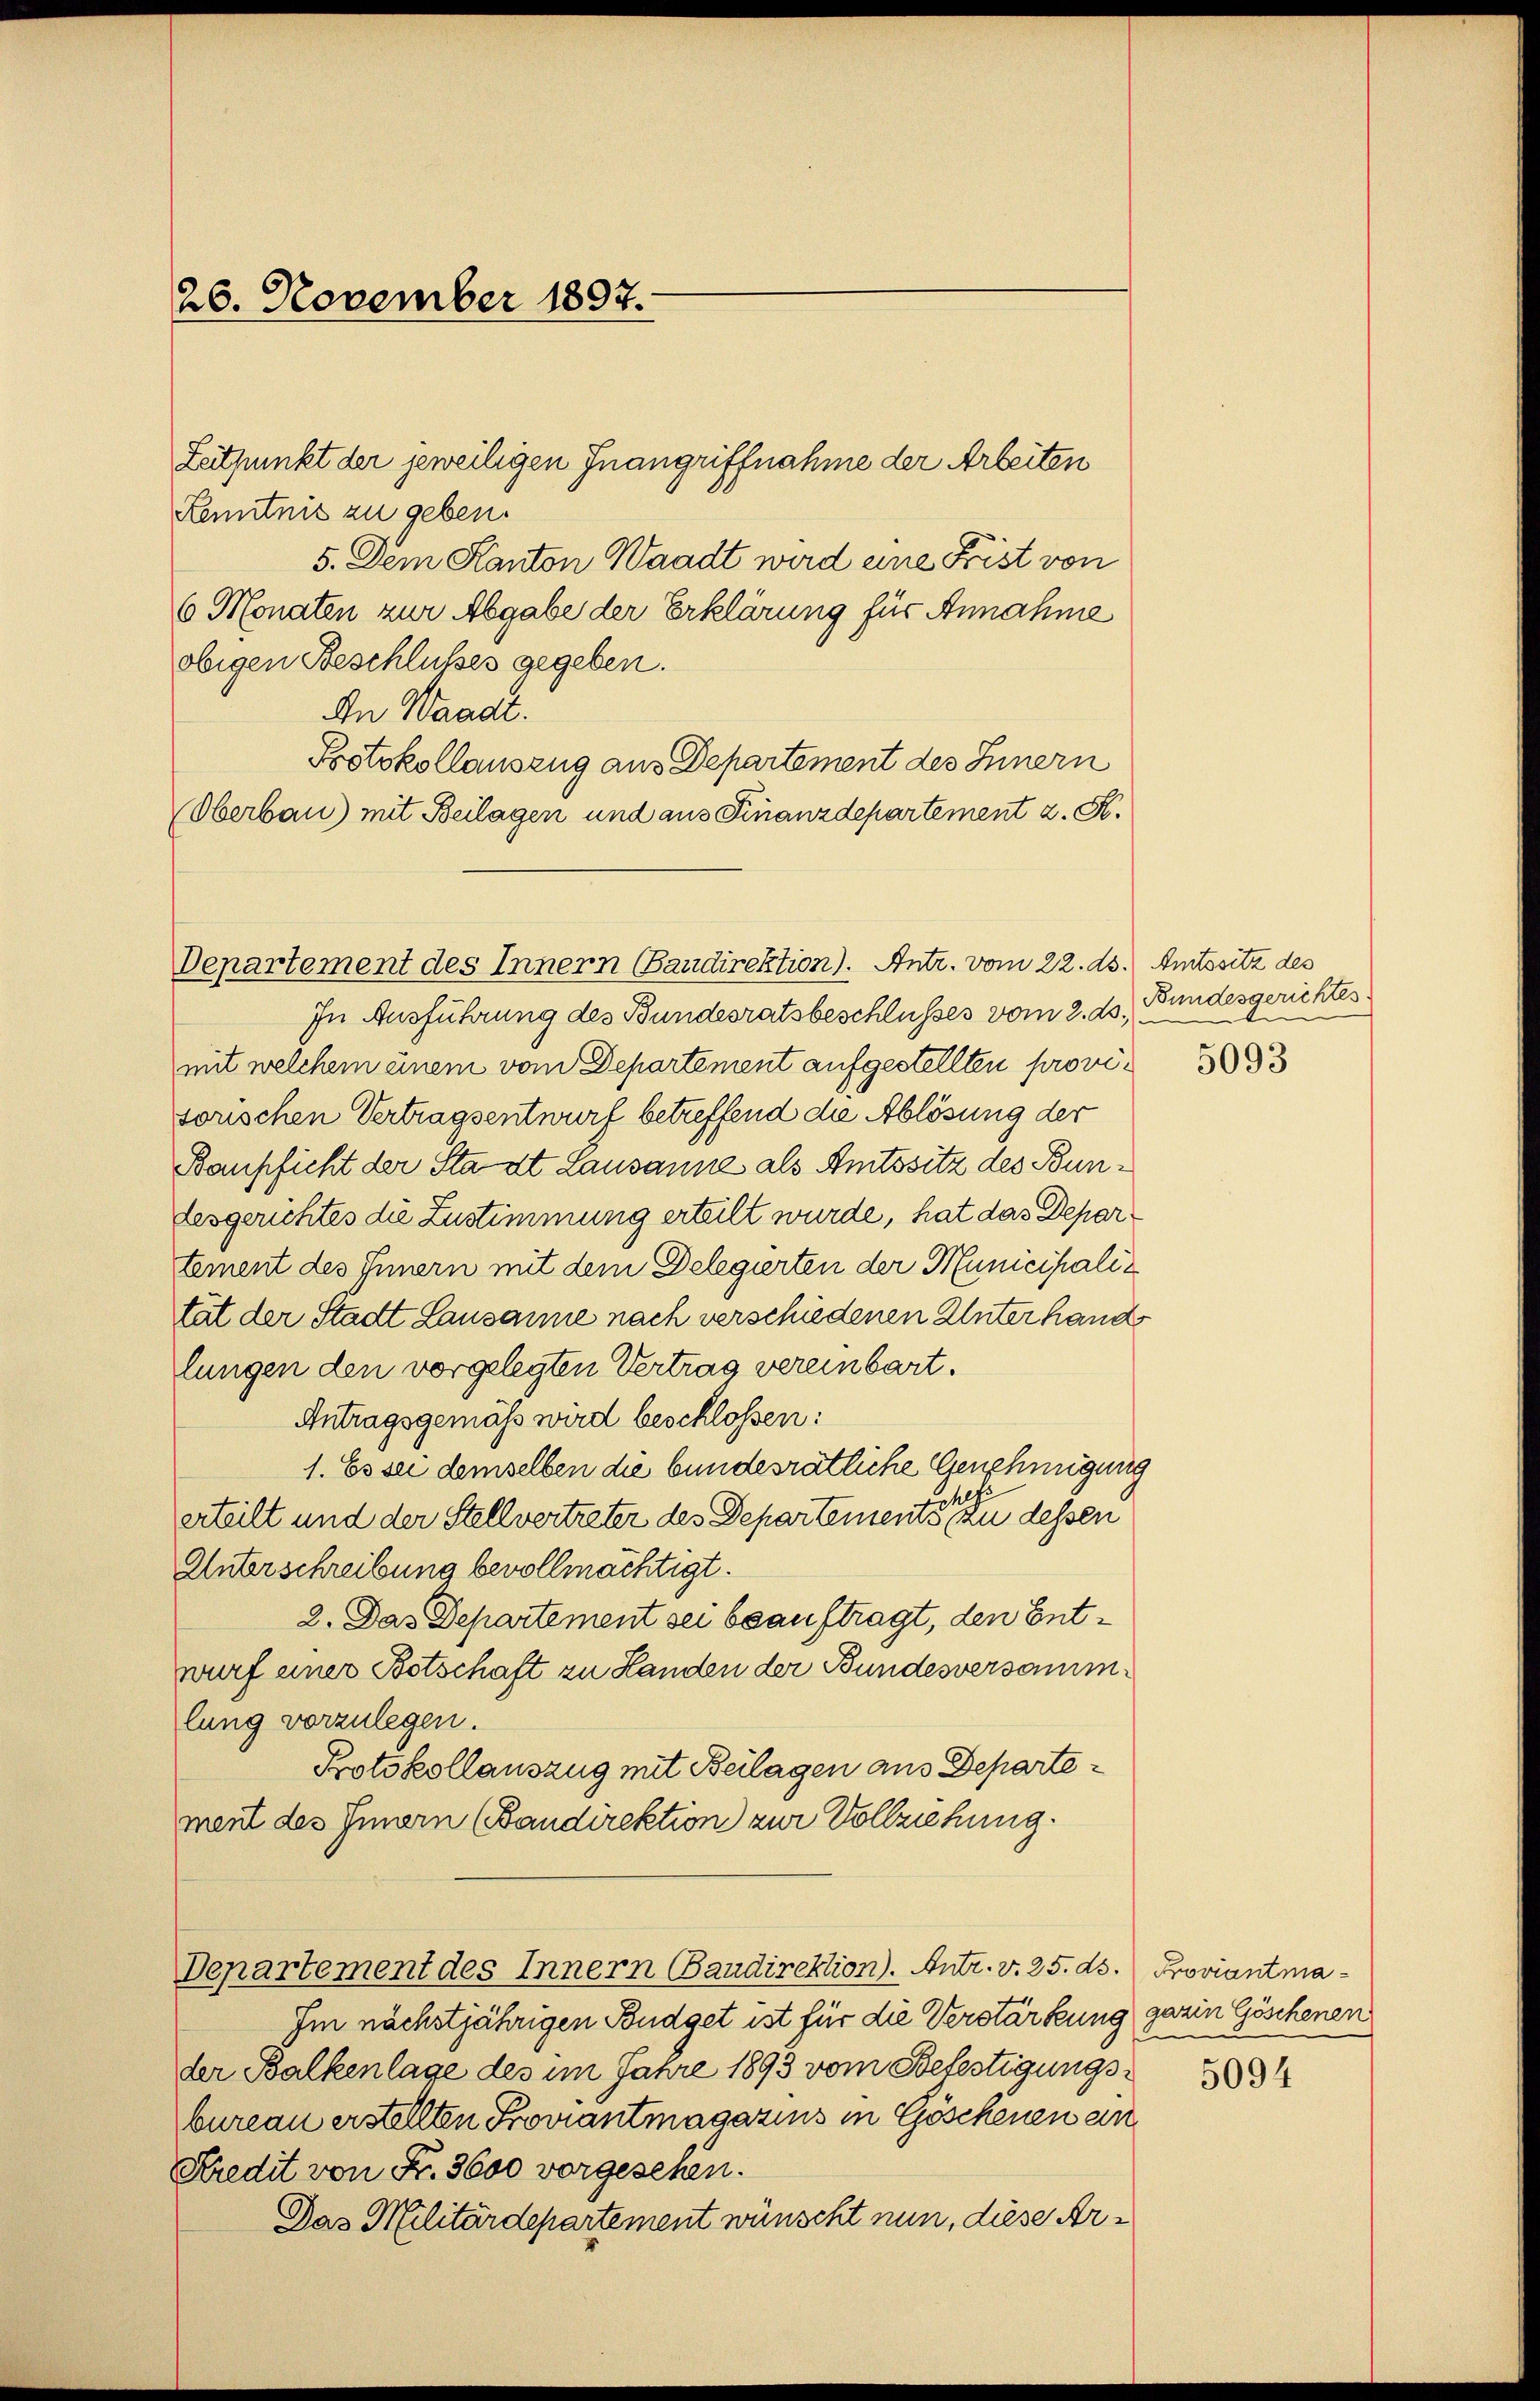
26. November 1897.

Zeitpunkt der jeweiligen Inangriffnahme der Arbeiten
Kenntnis zu geben.
5. Dem Kanton Waadt wird eine Frist von
6 Monaten zur Abgabe der Erklärung für Annahme
obigen Beschlußes gegeben.
An Waadt.
Botokollauszug aus Departement des Innern
Oberbau) mit Beilagen und aus Finanzdepartement z. K.

In Ausführung des Bundesratsbeschlusses vom 2. ds.
mit welchem einem vom Departement aufgestellten provisorischen Vertragsentwurf betreffend die Ablösung der
Baupficht der Stadt Lausanne als Amtssitz des Bundesgerichtes die Zustimmung erteilt wurde, hat das Departement des Innern mit dem Delegierten der Municipalität der Stadt Lausanne nach verschiedenen Unterhande
lungen den vorgelegten Vertrag vereinbart.
Antragsgemäß wird beschlossen:
1. Es sei demselben die bundesrätliche Genehmigung
d
erteilt und der Stellvertreter des Departements zu dessen
Unterschreibung bevollmächtigt.
2. Das Departement sei beauftragt, den Entwurf einer Botschaft zu Handen der Bundesversammlung vorzulegen.
Protokollauszug mit Beilagen aus Departement des Innern (Bandirektion zur Vollziehung.
Departement des Innern Baudirektion). Antr. v. 25. ds. Proviantma¬
Im nächstjährigen Budget ist für die Verstärkung garin Göschenen
der Balkenlage des im Jahre 1893 vom Befestigungsbureau erstellten Proviantmagazins in Göschenen an
Kredit von Fr. 3600 vorgesehen.
Das Militärdepartement wünscht nun, diese Ar¬

Departement des Innern (Bandirektion). Antr. vom 22. ds. Amtssitz des

Bundesgerichtes
.

5093

5094